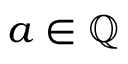
a \in \mathbb { Q }